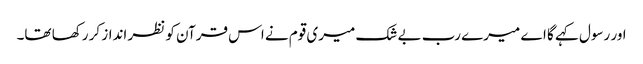
اور رسول کہے گا اے میرے رب بے شک میری قوم نے اس قرآن کو نظر انداز کر رکھا تھا۔